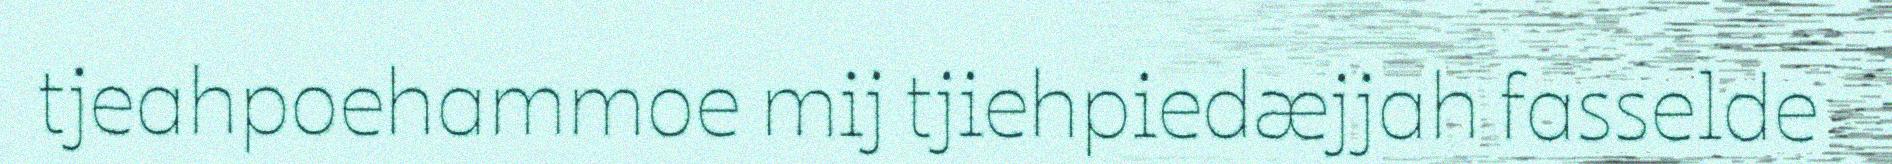
tjeahpoehammoe mij tjiehpiedæjjah fasselde